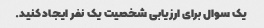
یک سوال برای ارزیابی شخصیت یک نفر ایجاد کنید.